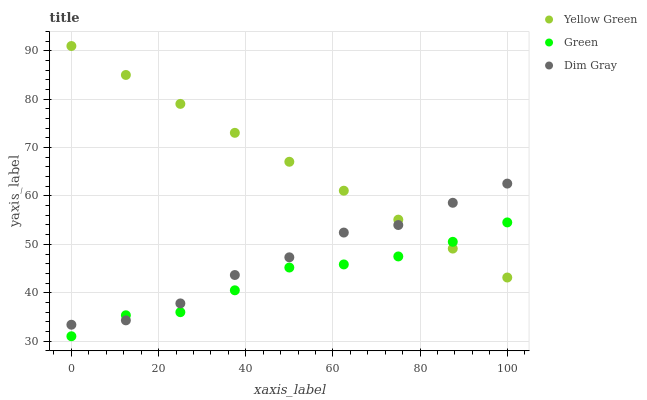
| xaxis_label | Yellow Green | Green | Dim Gray |
 | --- | --- | --- | --- |
 | 0 | 91 | 31 | 33.4 |
 | 12.5 | 85 | 35.3 | 34.3 |
 | 25 | 79 | 36 | 37.8 |
 | 37.5 | 73.1 | 40.5 | 43.7 |
 | 50 | 67.1 | 45.2 | 47.3 |
 | 62.5 | 61.1 | 45.8 | 52.4 |
 | 75 | 55.1 | 47.5 | 54 |
 | 87.5 | 49.1 | 50.5 | 58.6 |
 | 100 | 43.1 | 54.5 | 62.6 |